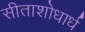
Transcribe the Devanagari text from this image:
सीताशोधार्ध